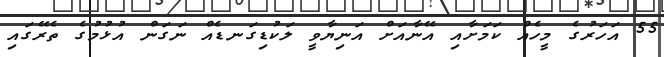
55 އަހަރުގެ މީހެއް ކަމަށާއި އޭނާއަށް އަނިޔާވީ ލަކުޑިގަނޑެއް ނަގަން އުޅުމުގެ ތެރޭގައި